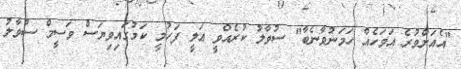
"އެއަށްވުރެ އަވަހެއް ހަމަނުވާނެބާ" ސުވާލު ކުރެއްވީ ޢަލީ ފަހުމީ ކަމުގައިވިޔަސް ވަސީމް ސުވާލު